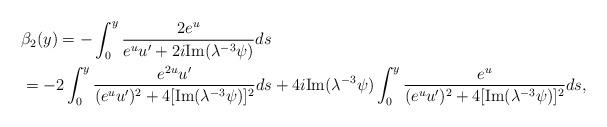
LaTeX: \begin{align*}&\beta_2(y)=-\int_0^y \frac{2 e^u}{e^u u^{\prime}+2i \mathrm{Im}(\lambda^{-3}\psi)} ds\\&=-2\int_0^y \frac{e^{2u} u^{\prime}}{(e^u u^{\prime} )^2+4[\mathrm{Im}(\lambda^{-3}\psi)]^2}ds+4i\mathrm{Im}(\lambda^{-3}\psi)\int_0^y\frac{e^u}{(e^u u^{\prime})^2 + 4[\mathrm{Im}(\lambda^{-3}\psi)]^2}ds,\end{align*}